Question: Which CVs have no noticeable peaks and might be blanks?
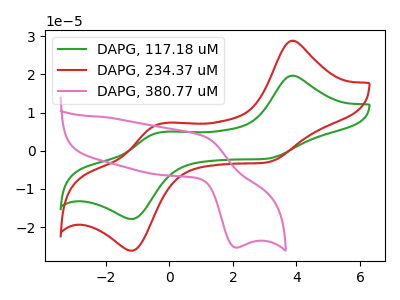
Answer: <think>The green curve "DAPG, 117.18 uM" has anodic peaks at (3.85V, 19.65uA) (-0.35V, 4.70uA) and cathodic peaks at (3.05V, -2.15uA) (-1.15V, -17.90uA). The red curve "DAPG, 234.37 uM" has anodic peaks at (3.85V, 28.80uA) (-0.35V, 6.90uA) and cathodic peaks at (3.05V, -3.10uA) (-1.15V, -26.20uA). The pink curve "DAPG, 380.77 uM" has an anodic peak at (1.05V, 3.95uA) and a cathodic peak at (2.10V, -25.35uA).</think>
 <answer>There are not any CV's on this graph that are likely to be blanks.</answer>
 <eval>none</eval>